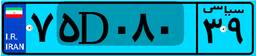
۷۵D۰۸۰۳۹